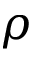
\rho